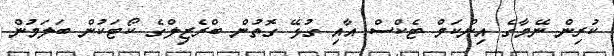
ކުރިން ނޭމާގެ އިންކަމް ޓެކްސް އާއި ގުޅޭ ގޮތުން ބްރެޒިލްގެ ކޯޓަކުން ބަލަމުން